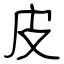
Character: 皮